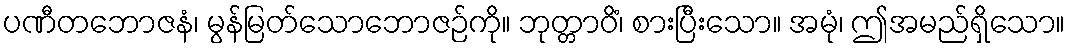
ပဏီတဘောဇနံ၊ မွန်မြတ်သောဘောဇဉ်ကို။ ဘုတ္တာဝိံ၊ စားပြီးသော။ အမုံ၊ ဤအမည်ရှိသော။